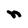
Character: n